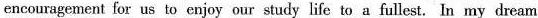
encouragement for us to enjoy our study life to a fullest. In my dream